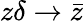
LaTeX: z\delta\rightarrow\bar{z}